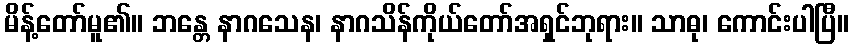
မိန့်တော်မူ၏။ ဘန္တေ နာဂသေန၊ နာဂသိန်ကိုယ်တော်အရှင်ဘုရား။ သာဓု၊ ကောင်းပါပြီ။